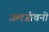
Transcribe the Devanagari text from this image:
जलजीवनी